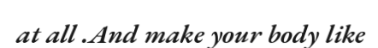
at all .And make your body like